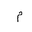
Letter: _mim